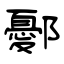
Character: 鄾